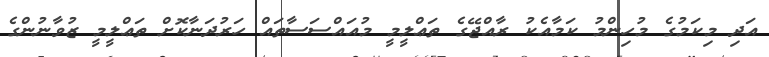
އަދި މިކަމުގެ މުހިންމު ކަމާއެކު ރާއްޖޭގެ ތަޢްލީމީ މުއައްސަސާތައް ހަރުދަނާކޮށް ތަޢްލީމީ ޒުވާނުންގެ